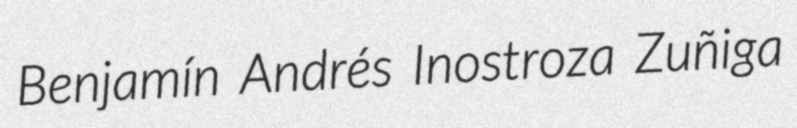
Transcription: Benjamín Andrés Inostroza Zuñiga